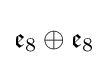
{\mathfrak {e}}_{8}\oplus {\mathfrak {e}}_{8}